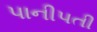
પાનીપતી